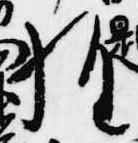
経